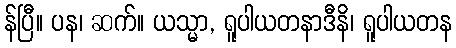
န်ပြီ။ ပန၊ ဆက်။ ယသ္မာ, ရူပါယတနာဒီနိ၊ ရူပါယတန